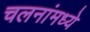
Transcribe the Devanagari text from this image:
चलनांमध्ये